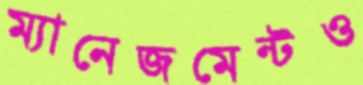
ম্যানেজমেন্টও